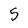
Character: 5